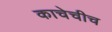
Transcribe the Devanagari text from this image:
काचेचीच